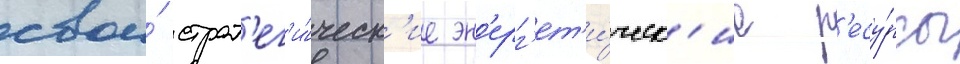
свои́ страт'ег'и́ческ'ие эн'ерг'ет'и́ческ'ие р'есу́рсы